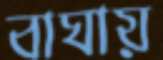
বাঘায়